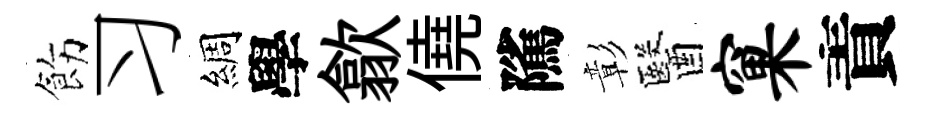
飭习綢學歙僥隲彰醫窠責